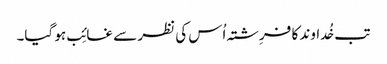
تب خُداوند کا فرِشتہ اُس کی نظر سے غائِب ہو گیا۔